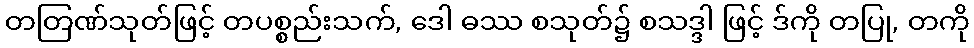
တတြဏ်သုတ်ဖြင့် တပစ္စည်းသက်, ဒေါ ဓဿ စသုတ်၌ စသဒ္ဒါ ဖြင့် ဒ်ကို တပြု, တကို